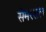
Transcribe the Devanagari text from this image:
सेमरसल